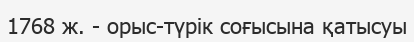
1768 ж. - орыс-түрік соғысына қатысуы